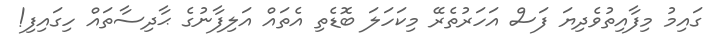
ގައިމު މިފާއިތުވެދިޔަ ފަސް އަހަރުތެރޭ މިކަހަލަ ބޮޑެތި އެތައް އަލިފާނުގެ ޙާދިސާތައް ހިގައިފި!